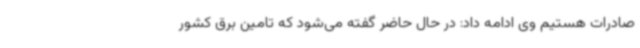
صادرات هستیم وی ادامه داد: در حال حاضر گفته می‌شود که تامین برق کشور